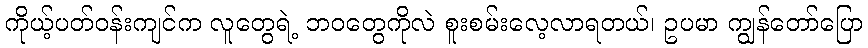
ကိုယ့်ပတ်ဝန်းကျင်က လူတွေရဲ့ ဘဝတွေကိုလဲ စူးစမ်းလေ့လာရတယ်၊ ဥပမာ ကျွန်တော်ပြော